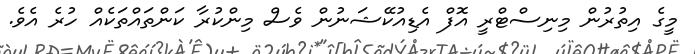
މީގެ އިތުރުން މިނިސްޓްރީ އޮފް އެޑިއުކޭޝަނުން ވެސް މިންކުރާ ކަންތައްތަކެއް ހުރެ އެވެ.